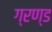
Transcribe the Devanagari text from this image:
ग्रण्ड